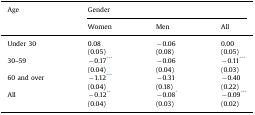
| Age | <COLSPAN=3> Gender |
 |  | Women | Men | All |
 | --- | --- | --- | --- |
 | <ROWSPAN=2> Under 30 | 0.08 | −0.06 | 0.00 |
 | (0.05) | (0.08) | (0.05) |
 | <ROWSPAN=2> 30–59 | −0.17*** | −0.06 | −0.11*** |
 | (0.04) | (0.04) | (0.03) |
 | <ROWSPAN=2> 60 and over | −1.12*** | −0.31 | −0.40 |
 | (0.04) | (0.18) | (0.22) |
 | <ROWSPAN=2> All | −0.12** | −0.08* | −0.09*** |
 | (0.04) | (0.03) | (0.02) |